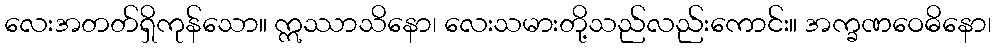
လေးအတတ်ရှိကုန်သော။ ဣဿာသိနော၊ လေးသမားတို့သည်လည်းကောင်း။ အက္ခဏဝေဓိနော၊